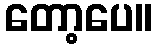
တော့ပေ။